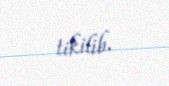
tikilib.